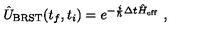
\hat { U } _ { \mathrm { B R S T } } ( t _ { f } , t _ { i } ) = e ^ { - \frac { i } { \hbar } \Delta t \hat { H } _ { \mathrm { e f f } } } \ ,